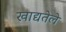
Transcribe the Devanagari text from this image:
खाद्यतेले